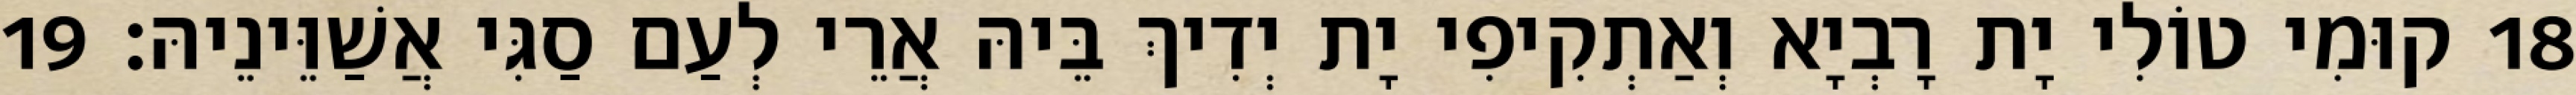
18 קוּמִי טוֹלִי יָת רָבְיָא וְאַתְקִיפִי יָת יְדִיךְ בֵּיהּ אֲרֵי לְעַם סַגִּי אֲשַׁוֵּינֵיהּ׃ 19